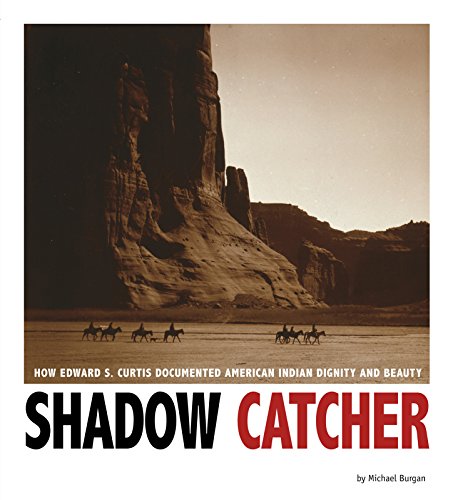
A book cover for Shadow Catcher: How Edward S. Curtis Documented American Indian Dignity and Beauty (Captured History); Michael Burgan; Children's Books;